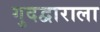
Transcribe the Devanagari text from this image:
गुदद्वाराला